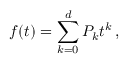
f ( t ) = \sum _ { k = 0 } ^ { d } P _ { k } t ^ { k } \, ,